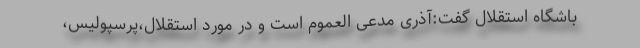
باشگاه استقلال گفت:آذری مدعی العموم است و در مورد استقلال،پرسپولیس،